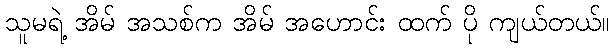
သူမရဲ့ အိမ် အသစ်က အိမ် အဟောင်း ထက် ပို ကျယ်တယ်။